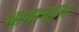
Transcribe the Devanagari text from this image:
भागाचाच